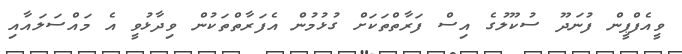
ވީއެފްޕީން ފުނަދޫ ސުކޫލުގެ އިސް ފަރާތްތަކަށް ގުޅުމުން އެފަރާތްތަކުން ވިދާޅުވީ އެ މައްސަލައާއި